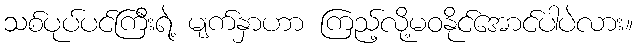
သစ်ပုပ်ပင်ကြီးရဲ့ မျက်နှာဟာ ကြည့်လို့မဝနိုင်အောင်ပါပဲလား။